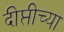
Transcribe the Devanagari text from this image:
दीप्तीच्या